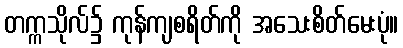
တက္ကသိုလ်၌ ကုန်ကျစရိတ်ကို အသေးစိတ်မေးပုံ။